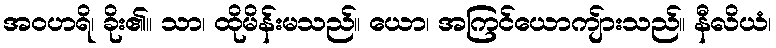
အဝဟရိ၊ ခိုး၏။ သာ၊ ထိုမိန်းမသည်။ ယော၊ အကြင်ယောကျ်ားသည်။ နီလိယံ၊